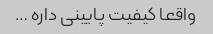
واقعا کیفیت پایینی داره …